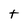
Character: t